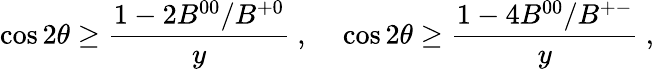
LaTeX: \cos 2\theta\ge{\frac{1-2B^{00}/B^{+0}}{y}}~,~~~~\cos 2\theta\ge{\frac{1-4B^{00}/B^{+-}}{y}}~,